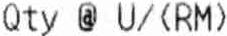
QTY @ U/(RM)